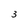
Character: 3